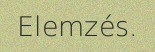
Elemzés.